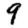
Digit: 9